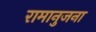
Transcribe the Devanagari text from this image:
रामानुजना